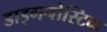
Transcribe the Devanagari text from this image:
डाइगनोस्टिक